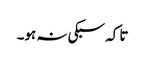
تا کہ سبکی نہ ہو۔